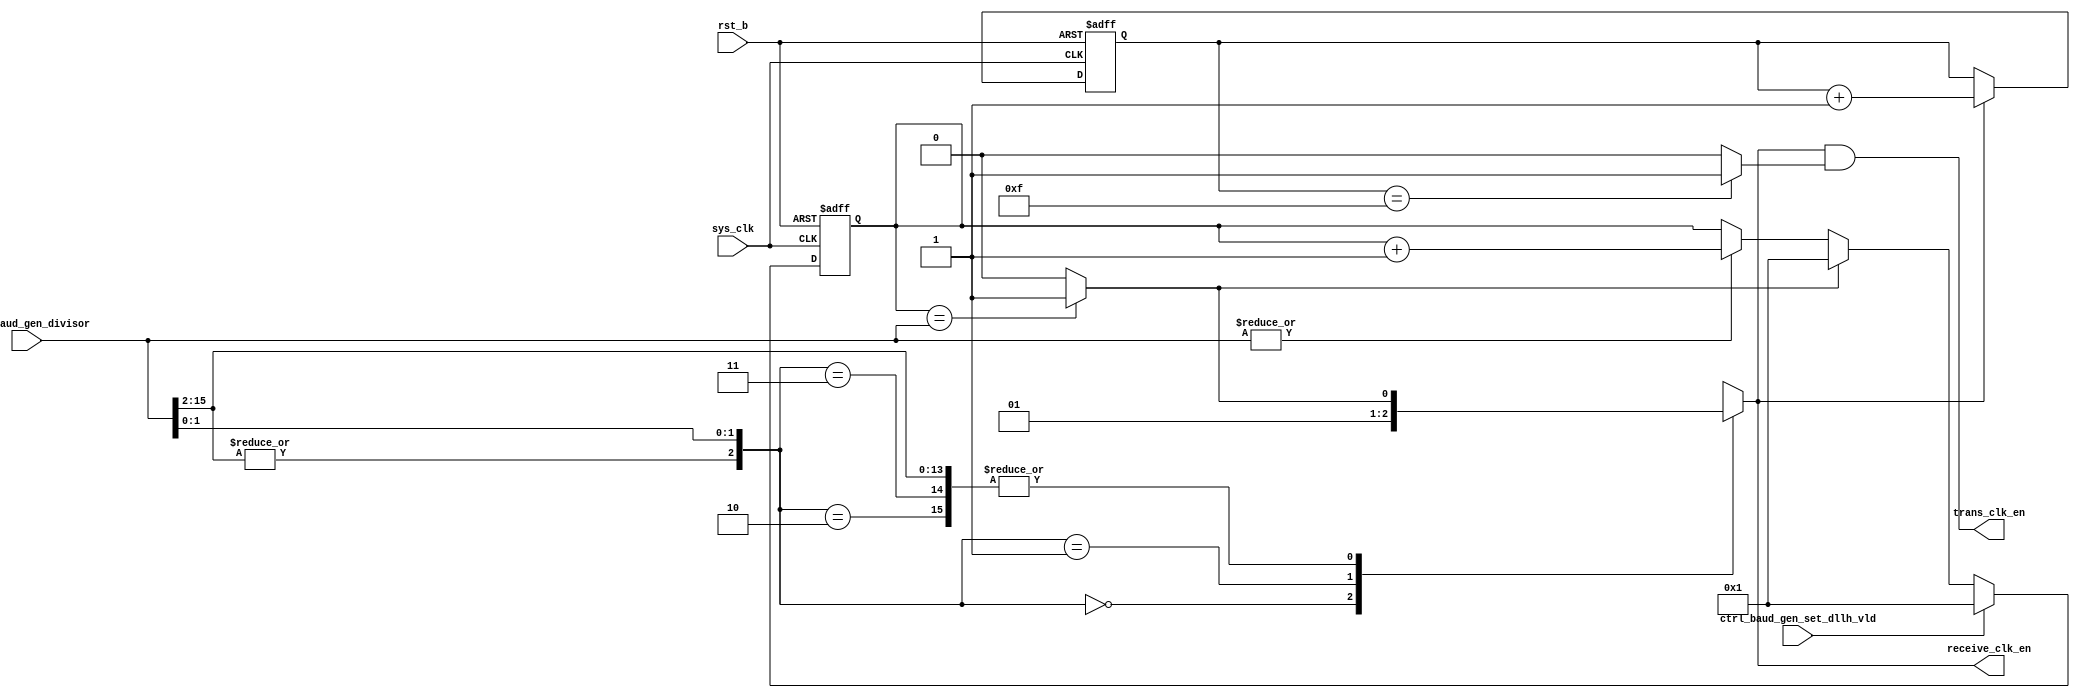
// This program was cloned from: https://github.com/T-head-Semi/opene906
// License: Apache License 2.0

/*Copyright 2020-2021 T-Head Semiconductor Co., Ltd.

Licensed under the Apache License, Version 2.0 (the "License");
you may not use this file except in compliance with the License.
You may obtain a copy of the License at

    http://www.apache.org/licenses/LICENSE-2.0

Unless required by applicable law or agreed to in writing, software
distributed under the License is distributed on an "AS IS" BASIS,
WITHOUT WARRANTIES OR CONDITIONS OF ANY KIND, either express or implied.
See the License for the specific language governing permissions and
limitations under the License.
*/

// &ModuleBeg; @23
module uart_baud_gen(
  ctrl_baud_gen_divisor,
  ctrl_baud_gen_set_dllh_vld,
  receive_clk_en,
  rst_b,
  sys_clk,
  trans_clk_en
);

// &Ports; @24
input   [15:0]  ctrl_baud_gen_divisor;     
input           ctrl_baud_gen_set_dllh_vld; 
input           rst_b;                     
input           sys_clk;                   
output          receive_clk_en;            
output          trans_clk_en;              

// &Regs; @25
reg     [15:0]  clk_counter;               
reg             receive_clk_en;            
reg     [3 :0]  trans_clk_counter;         

// &Wires; @26
wire            clk_divisor_start_en;      
wire            clk_negedge_en;            
wire    [15:0]  ctrl_baud_gen_divisor;     
wire            ctrl_baud_gen_set_dllh_vld; 
wire            divisor_more_then_3;       
wire            rst_b;                     
wire            sys_clk;                   
wire            trans_clk_en;              
wire            trans_clk_posedge_en;      


// //&Force("output","receive_clk"); @28
// //&Force("output","trans_clk"); @29

//---------------------------------------
// divisor == 1
//---------------------------------------
//assign clk_divisor_1 = sys_clk;

//---------------------------------------
// divisor == 2
//---------------------------------------
//always@(posedge sys_clk or negedge rst_b)
//begin
//  if(!rst_b)
//    clk_divisor_2 <= 1'b0;
//  else 
//    clk_divisor_2 <= ~clk_divisor_2;
//end
//
//---------------------------------------
// divisor >= 3
//---------------------------------------
assign clk_divisor_start_en = |ctrl_baud_gen_divisor[15:0];
//assign clk_posedge_en  = (clk_counter[15:0] == 16'b10) ? 1 : 0;
assign clk_negedge_en  = (clk_counter[15:0] == ctrl_baud_gen_divisor[15:0]) ? 1 : 0 ;
 
always@(posedge sys_clk or negedge rst_b) 
begin 
  if(!rst_b) 
    clk_counter[15:0] <= 16'b1;
  else if(ctrl_baud_gen_set_dllh_vld)
    clk_counter[15:0] <= 16'b1;
  else if(clk_negedge_en)
    clk_counter[15:0] <= 1'b1; 
  else if(clk_divisor_start_en)
    clk_counter[15:0] <= clk_counter[15:0]+1;
  else
    clk_counter[15:0] <= clk_counter[15:0];
end
//always@(posedge sys_clk or negedge rst_b)
//begin
//  if(!rst_b)
//    clk_divisor_more <= 1'b0;
//  else if(clk_posedge_en)
//    clk_divisor_more <= 1'b1;
//  else if(clk_negedge_en)
//    clk_divisor_more <= 1'b0;
//  else 
//    clk_divisor_more <= clk_divisor_more;
//end

//----------------------------------------
// receive clk
//----------------------------------------

assign divisor_more_then_3 = |ctrl_baud_gen_divisor[15:2];

// &CombBeg; @85
always @( ctrl_baud_gen_divisor[1:0]
       or clk_negedge_en
       or divisor_more_then_3)
begin
casez({divisor_more_then_3,ctrl_baud_gen_divisor[1:0]})
  3'b000: receive_clk_en = 1'b0;
  3'b001: receive_clk_en = 1'b1;
  3'b010: receive_clk_en = clk_negedge_en;
  3'b011,
  3'b1??: receive_clk_en = clk_negedge_en;
  default: receive_clk_en = 1'b0;
endcase
// &CombEnd; @94
end
// &Force("output","receive_clk_en"); @95
//assign receive_clk = receive_clk_reg;
//----------------------------------------
// trans_clk
//----------------------------------------

always@(posedge sys_clk or negedge rst_b)
begin
  if(!rst_b)
   trans_clk_counter[3:0] <= 4'b0;
  else if(receive_clk_en) 
   trans_clk_counter[3:0] <= trans_clk_counter[3:0] + 1'b1;
  else 
   trans_clk_counter[3:0] <= trans_clk_counter[3:0];
end

assign trans_clk_posedge_en = (trans_clk_counter[3:0] == 4'b1111) ? 1 : 0;
//assign trans_clk_negedge_en = !(|trans_clk_counter[3:0]);
assign trans_clk_en  = receive_clk_en && trans_clk_posedge_en;

//always@(posedge receive_clk  or negedge rst_b)
//begin
//  if(!rst_b)
//    trans_clk_reg <= 1'b0;
//  else if(trans_clk_posedge_en)
//    trans_clk_reg <= 1'b1;
//  else if(trans_clk_negedge_en)
//    trans_clk_reg <= 1'b0;
//  else
//    trans_clk_reg <= trans_clk_reg;
//end

//assign trans_clk = trans_clk_reg;

// &ModuleEnd; @129
endmodule